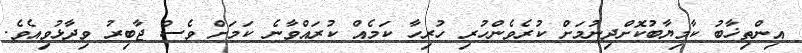
އިންތިޚާބު ކާމިޔާބުކޮށްދިނުމަށް ކުރެވެންހުރި ހުރިހާ ކަމެއް ކުރައްވާނެ ކަމަށް ވެސް ޖާބިރު ވިދާޅުވިއެވެ.